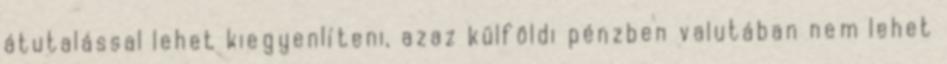
átutalással lehet kiegyenlíteni, azaz külföldi pénzben valutában nem lehet